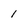
Character: 1